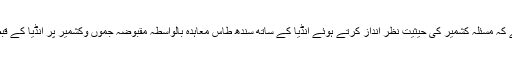
ہم تاریخ میں نہیں جاتے کہ مسئلہ کشمیر کی حیثیت نظر انداز کرتے ہوئے انڈیا کے ساتھ سندھ طاس معاہدہ بالواسطہ مقبوضہ جموں وکشمیر پر انڈیا کے قبضے کو تسلیم کرنا تھا۔